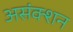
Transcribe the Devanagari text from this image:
असंक्शन